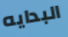
البدايه